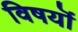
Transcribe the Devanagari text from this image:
विषयॊं